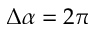
\Delta \alpha = 2 \pi